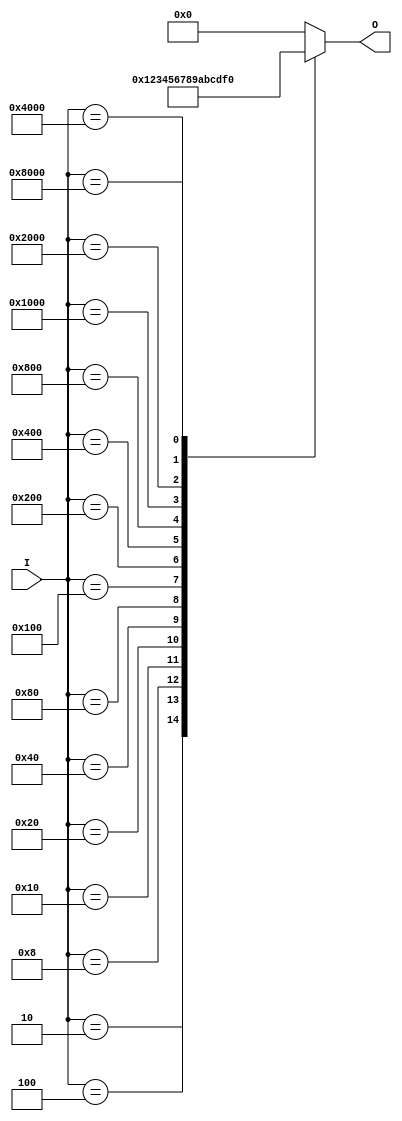
module HexToBinaryEncoder (
    input wire [15:0] I,  // 16 hexadecimal digit inputs
    output reg [3:0] O    // 4-bit binary output
);

// Combinational logic for encoding
always @(*) begin
    case (I)
        16'b0000000000000001: O = 4'b0000; // I0
        16'b0000000000000010: O = 4'b0001; // I1
        16'b0000000000000100: O = 4'b0010; // I2
        16'b0000000000001000: O = 4'b0011; // I3
        16'b0000000000010000: O = 4'b0100; // I4
        16'b0000000000100000: O = 4'b0101; // I5
        16'b0000000001000000: O = 4'b0110; // I6
        16'b0000000010000000: O = 4'b0111; // I7
        16'b0000000100000000: O = 4'b1000; // I8
        16'b0000001000000000: O = 4'b1001; // I9
        16'b0000010000000000: O = 4'b1010; // I10
        16'b0000100000000000: O = 4'b1011; // I11
        16'b0001000000000000: O = 4'b1100; // I12
        16'b0010000000000000: O = 4'b1101; // I13
        16'b0100000000000000: O = 4'b1110; // I14
        16'b1000000000000000: O = 4'b1111; // I15
        default: O = 4'b0000; // Default case to handle invalid inputs
    endcase
end

endmodule